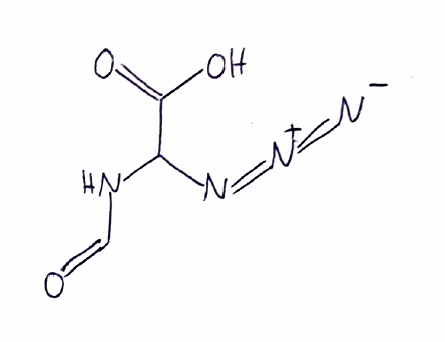
Simplified molecular-input line-entry system (SMILES) notation of the given molecule:
C(=O)NC(C(=O)O)N=[N+]=[N-]